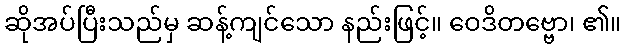
ဆိုအပ်ပြီးသည်မှ ဆန့်ကျင်သော နည်းဖြင့်။ ဝေဒိတဗ္ဗော၊ ၏။